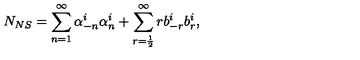
N _ { N S } = \sum _ { n = 1 } ^ { \infty } \alpha _ { - n } ^ { i } \alpha _ { n } ^ { i } + \sum _ { r = \frac { 1 } { 2 } } ^ { \infty } r b _ { - r } ^ { i } b _ { r } ^ { i } ,